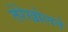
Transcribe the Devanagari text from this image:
तेरेखोलने